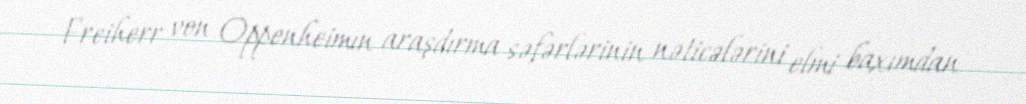
Freiherr von Oppenheimın araşdırma səfərlərinin nəticələrini elmi baxımdan